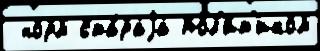
 норм ста́раjа пол'и́т'иком